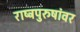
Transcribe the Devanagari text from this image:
राष्ट्रपुरुषांवर